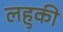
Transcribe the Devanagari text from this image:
लहुकी